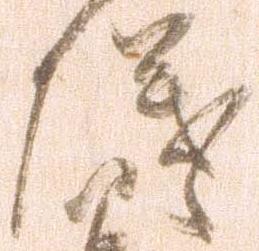
儀